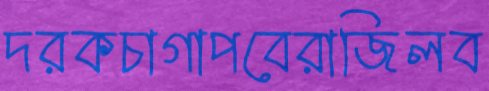
দরকচাগাপবেরাজিলব